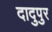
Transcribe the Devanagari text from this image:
दादुपुर